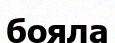
бояла